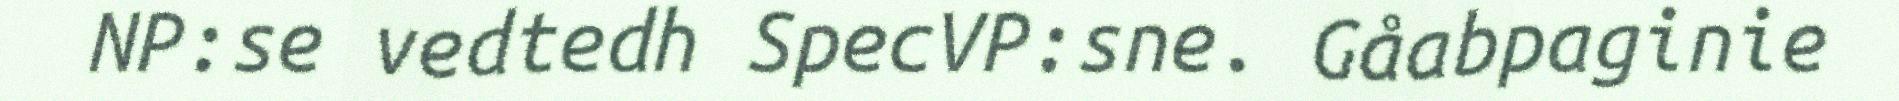
NP:se vedtedh SpecVP:sne. Gåabpaginie